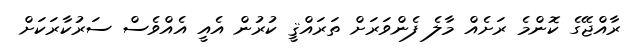
ރާއްޖޭގެ ކޮންމެ ރަށެއް މާލެ ފެންވަރަށް ތަރައްޤީ ކުރުން އެއީ އެއްވެސް ސަރުކާރަކަށް